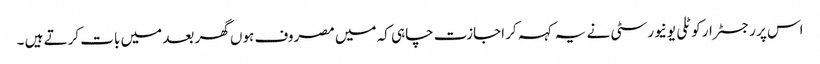
اس پر رجسٹرار کوٹلی یونیورسٹی نے یہ کہہ کر اجازت چاہی کہ میں مصروف ہوں گھر بعد میں بات کرتے ہیں ۔